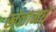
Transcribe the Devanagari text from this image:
खेळामधे